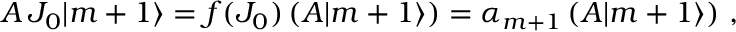
A \, J _ { 0 } | m + 1 \rangle = f ( J _ { 0 } ) \left( A | m + 1 \rangle \right) = \alpha _ { m + 1 } \left( A | m + 1 \rangle \right) \, ,